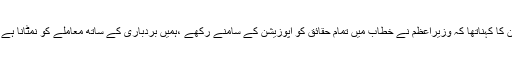
ان کا کہناتھا کہ وزیراعظم نے خطاب میں تمام حقائق کو اپوزیشن کے سامنے رکھے ،ہمیں بردباری کے ساتھ معاملے کو نمٹانا ہے ۔